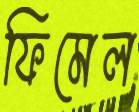
ফিমেল